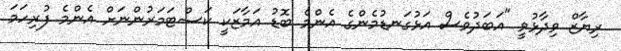
ރިޔާޒް ވިދާޅުވީ "އަބަދުވެސް އަޅުގަނޑުމެންގެ އެންމެ ބޮޑު އަމާޒަކީ ކަސްޓަމަރުންނަށް އެންމެ ފުރިހަމަ